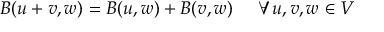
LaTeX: B ( u + v , w ) = B ( u , w ) + B ( v , w ) \ \quad \forall u , v , w \in V